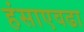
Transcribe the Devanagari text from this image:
हंसाएवढा